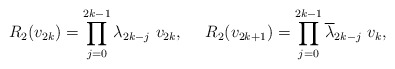
\begin{align*} R_2(v_{2k})= \prod_{j=0}^{2k-1} {\lambda}_{2k-j} ~v_{2k},~~~~R_2(v_{2k+1})=\prod_{j=0}^{2k-1} {\overline \lambda}_{2k-j} ~v_k,\end{align*}